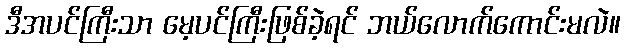
ဒီအပင်ကြီးသာ မေ့ပင်ကြီးဖြစ်ခဲ့ရင် ဘယ်လောက်ကောင်းမလဲ။